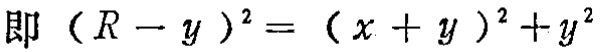
即 \((R - y)^2 = (x + y)^2 + y^2\)